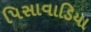
પિસાવાડિયા